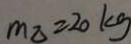
m _ { \Delta } = 2 0 k g